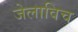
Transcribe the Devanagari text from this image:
जेलाविच